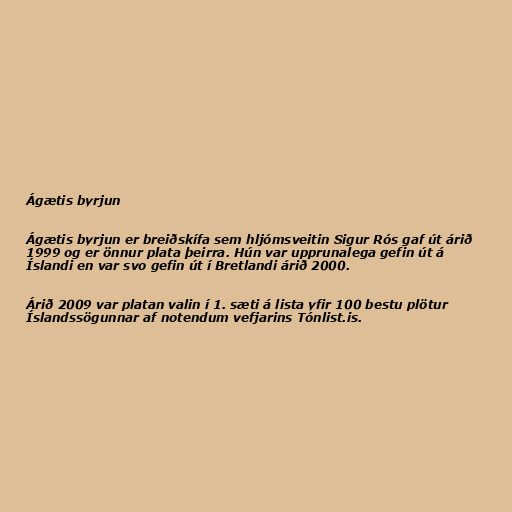
Ágætis byrjun

Ágætis byrjun er breiðskífa sem hljómsveitin Sigur Rós gaf út árið
1999 og er önnur plata þeirra. Hún var upprunalega gefin út á
Íslandi en var svo gefin út í Bretlandi árið 2000.

Árið 2009 var platan valin í 1. sæti á lista yfir 100 bestu plötur
Íslandssögunnar af notendum vefjarins Tónlist.is.